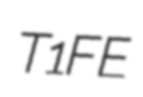
T1FE